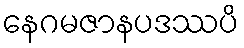
နေဂမဇာနပဒဿပိ